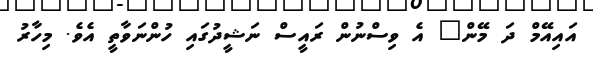
އައިއޭމް ދަ މޭން" އެ ވިސްނުން ރައީސް ނަޝީދުގައި ހުންނަވާތީ އެވެ. މިހާރު